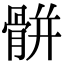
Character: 骿